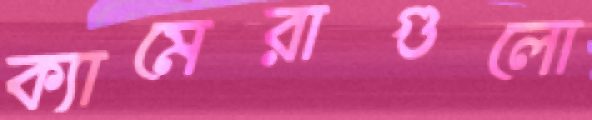
ক্যামেরাগুলো